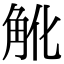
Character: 𧢽